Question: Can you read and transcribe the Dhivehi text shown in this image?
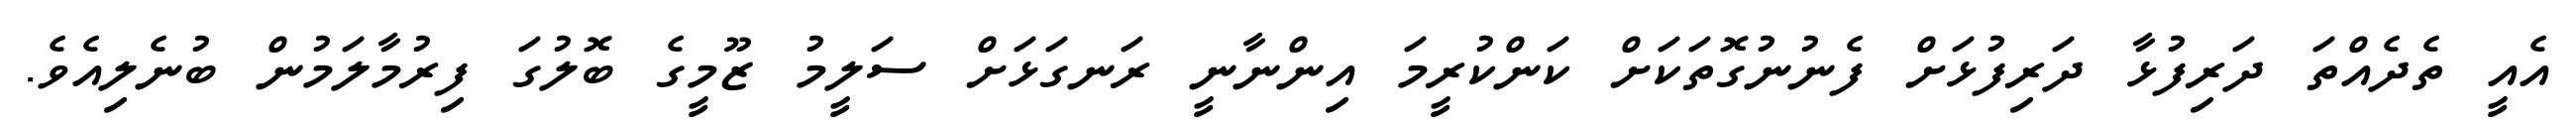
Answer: އެއީ ތެދެއްތަ ދަރިފުޅާ ދަރިފުޅަށް ފެނުނުގޮތަކަށް ކަންކުރީމަ އިންނާނީ ރަނގަޅަށް ސަލީމު ޒޫމީގެ ބޮލުގަ ފިރުމާލަމުން ބުނެލިއެވެ.